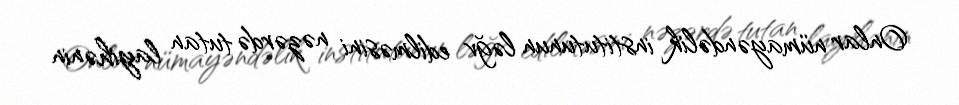
Onlar nümayəndəlik institutunun ləğv edilməsini nəzərdə tutan layihənin